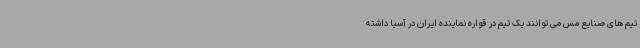
تیم های صنایع مس می توانند یک تیم در قواره نماینده ایران در آسیا داشته